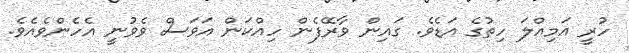
ހުރީ އަމިއްލަ ހިތުގެ އަޑެވެ. ގައިން ވާރޭފެން ހިއްކަން އަވަސް ވެވުނީ އެހެންވެއެވެ.